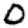
Digit: 0